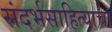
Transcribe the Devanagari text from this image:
संदर्भसाहित्याचा